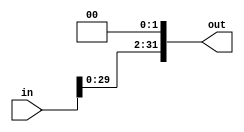
module Shift_left2(out , in);
 input [31:0] in;
 output reg [31:0] out;

 always @ (in)

  out = in << 2;

endmodule

module Shift_test;

    reg [31:0] in;
    wire [31:0] out;
    Shift_left2 test (out,in);

    initial begin
      in =32'b111111;
    end

    always @(out)
    begin
      //  $display("%d", out);
    end

endmodule